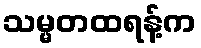
သမ္မတထရန့်က